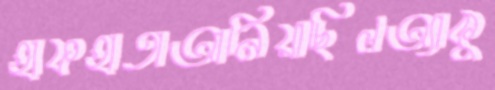
হাফহাতাআনিয়াছিলঅ্যাকু